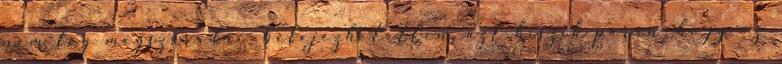
nem fog megszáradni. befejezhetetlen. azt hiszik páran, hogy az